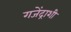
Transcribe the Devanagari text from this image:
गजेंद्राशी